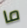
ما